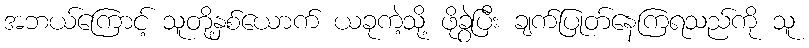
အဘယ်ကြောင့် သူတို့နှစ်ယောက် ယခုကဲ့သို့ ဖိုခွဲပြီး ချက်ပြုတ်နေကြရသည်ကို သူ